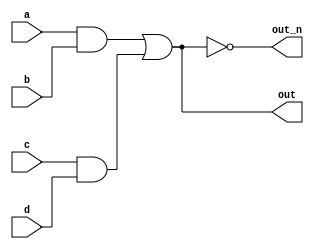
// Question 9. Wire Decl/ Declaring Wires - https://hdlbits.01xz.net/wiki/Wire_decl

module top_module (
	input a,
	input b,
	input c,
	input d,
	output out,
	output out_n );
	
	wire w1, w2;		// Declare two wires (named w1 and w2)
	assign w1 = a&b;	// First AND gate
	assign w2 = c&d;	// Second AND gate
	assign out = w1|w2;	// OR gate: Feeds both 'out' and the NOT gate

	assign out_n = ~out;	// NOT gate
	
endmodule